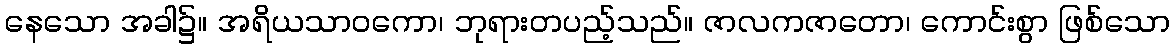
နေသော အခါ၌။ အရိယသာဝကော၊ ဘုရားတပည့်သည်။ ဇာလကဇာတော၊ ကောင်းစွာ ဖြစ်သော